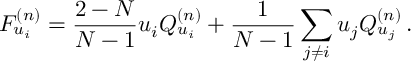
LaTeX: F _ { u _ { i } } ^ { ( n ) } = \frac { 2 - N } { N - 1 } u _ { i } Q _ { u _ { i } } ^ { ( n ) } + \frac { 1 } { N - 1 } \sum _ { j \neq i } u _ { j } Q _ { u _ { j } } ^ { ( n ) } \, .